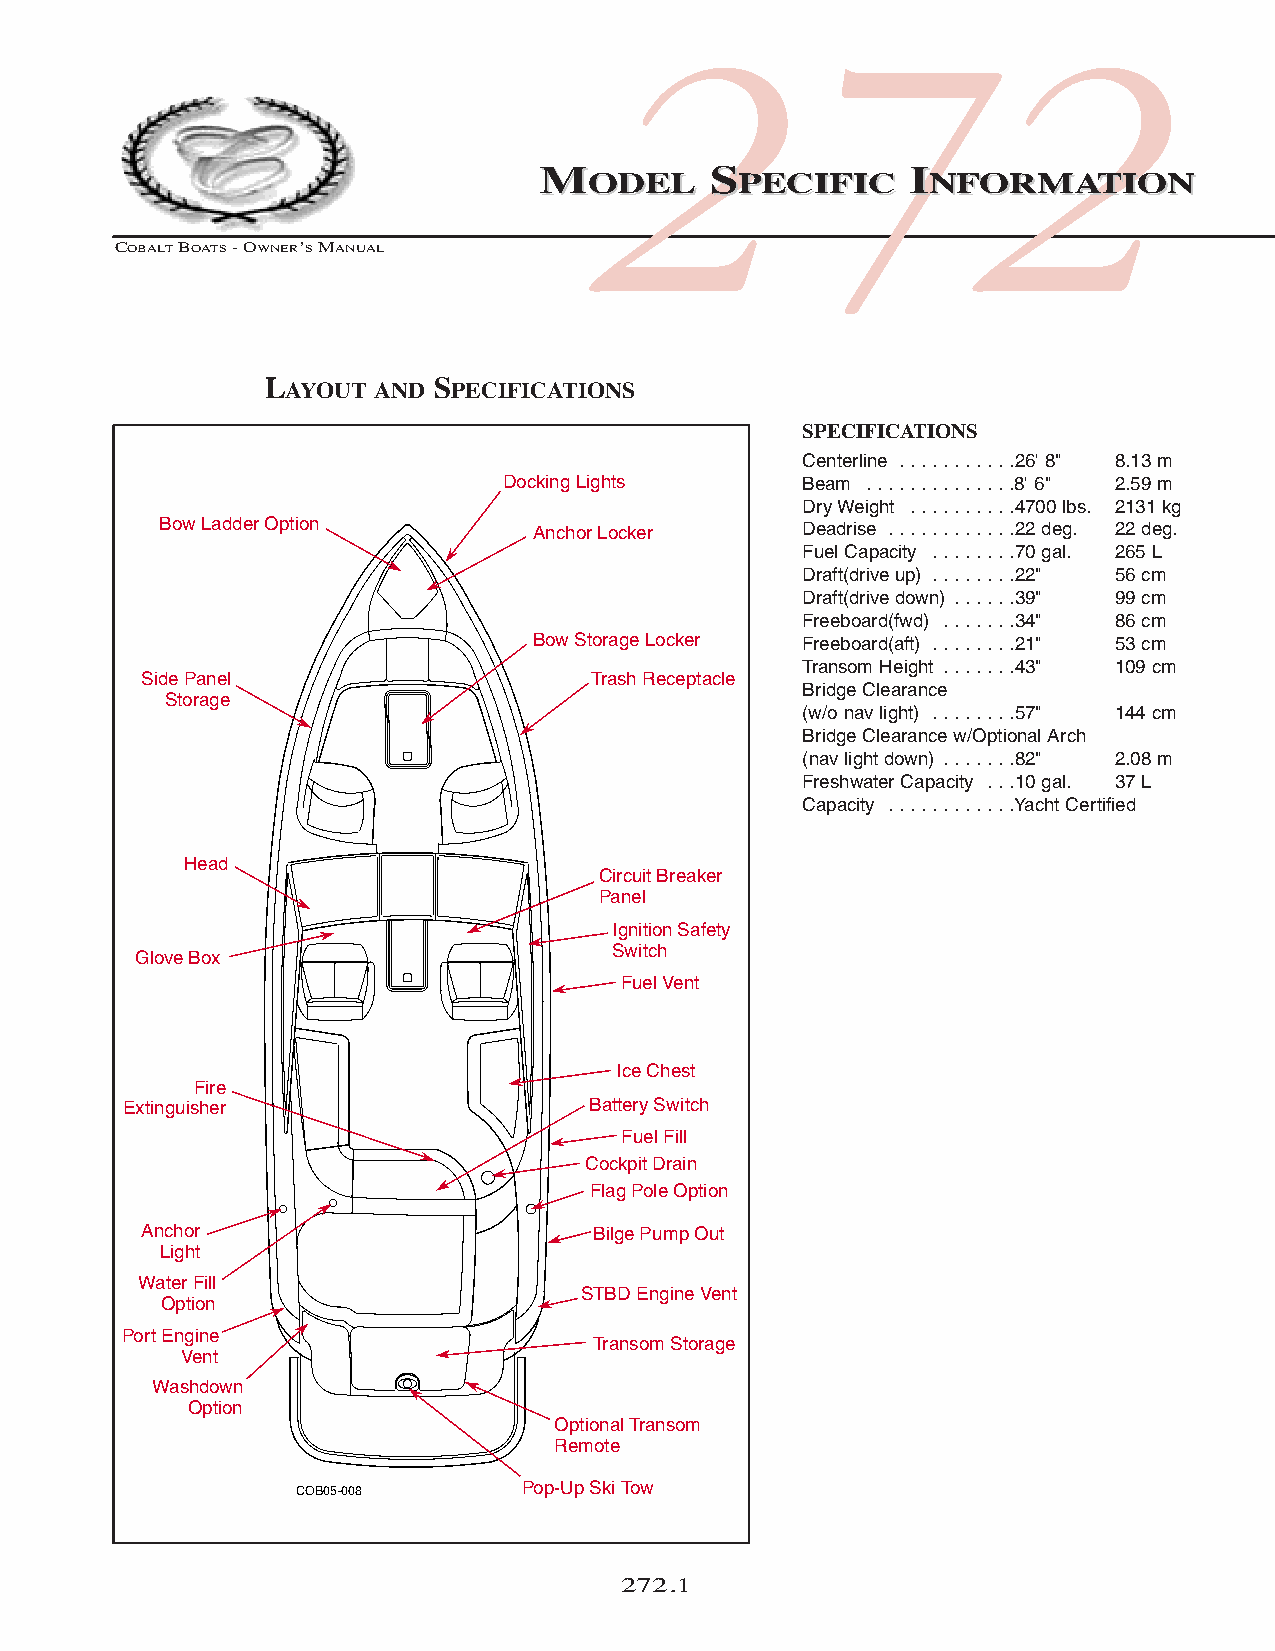
COB_05 Sect 272.qxd 3/18/05 9:29 AM Page 272.1
 272
 MMOODDEELL SSPPEECCIIFFIICC IINNFFOORRMMAATTIIOONN
 COBALTBOATS- OWNER’SMANUAL
 LAYOUT AND SPECIFICATIONS
 SPECIFICATIONS
 Centerline . . . . . . . . . . .26' 8" 8.13 m
 Docking Lights      Beam . . . . . . . . . . . . . .8' 6" 2.59 m
 Dry Weight . . . . . . . . . .4700 lbs. 2131 kg
 Bow Ladder Option        Anchor Locker     Deadrise . . . . . . . . . . . .22 deg. 22 deg.
 Fuel Capacity . . . . . . . .70 gal. 265 L
 Draft(drive up) . . . . . . . .22" 56 cm
 Draft(drive down) . . . . . .39" 99 cm
 Freeboard(fwd) . . . . . . .34" 86 cm
 Bow Storage Locker Freeboard(aft) . . . . . . . .21" 53 cm
 Transom Height . . . . . . .43" 109 cm
 Side Panel                    Trash Receptacle
 Bridge Clearance
 Storage
 (w/o nav light) . . . . . . . .57" 144 cm
 Bridge Clearance w/Optional Arch
 (nav light down) . . . . . . .82" 2.08 m
 Freshwater Capacity . . .10 gal. 37 L
 Capacity . . . . . . . . . . . .Yacht Certified
 Head
 Circuit Breaker
 Panel
 Ignition Safety
 Switch
 Glove Box
 Fuel Vent
 Ice Chest
 Fire
 Extinguisher                  Battery Switch
 Fuel Fill
 Cockpit Drain
 Flag Pole Option
 Anchor                        Bilge Pump Out
 Light
 Water Fill
 STBD Engine Vent
 Option
 Port Engine
 Transom Storage
 Vent
 Washdown
 Option
 Optional Transom
 Remote
 COB05-008      Pop-Up Ski Tow
 272.1